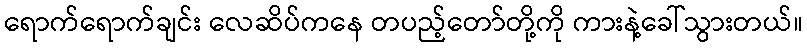
ရောက်ရောက်ချင်း လေဆိပ်ကနေ တပည့်တော်တို့ကို ကားနဲ့ခေါ်သွားတယ်။